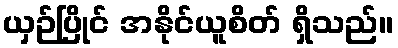
ယှဉ်ပြိုင် အနိုင်ယူစိတ် ရှိသည်။